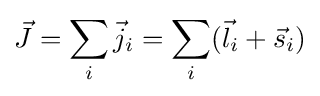
{\vec {J}}=\sum _{i}{\vec {j}}_{i}=\sum _{i}({\vec {l}}_{i}+{\vec {s}}_{i})